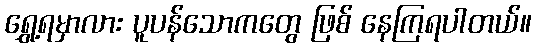
ရွှေ့ရမှာလား ပူပန်သောကတွေ ဖြစ် နေကြရပါတယ်။